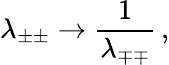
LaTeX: \lambda_{\pm\pm}\rightarrow{\frac{1}{\lambda_{\mp\mp}}}\, ,